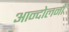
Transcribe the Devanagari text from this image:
आन्दोलनोंं